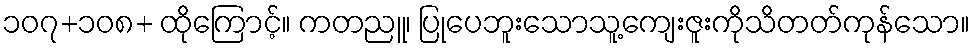
၁၀၇+၁၀၈+ ထိုကြောင့်။ ကတညူ၊ ပြုပေဘူးသောသူ့ကျေးဇူးကိုသိတတ်ကုန်သော။